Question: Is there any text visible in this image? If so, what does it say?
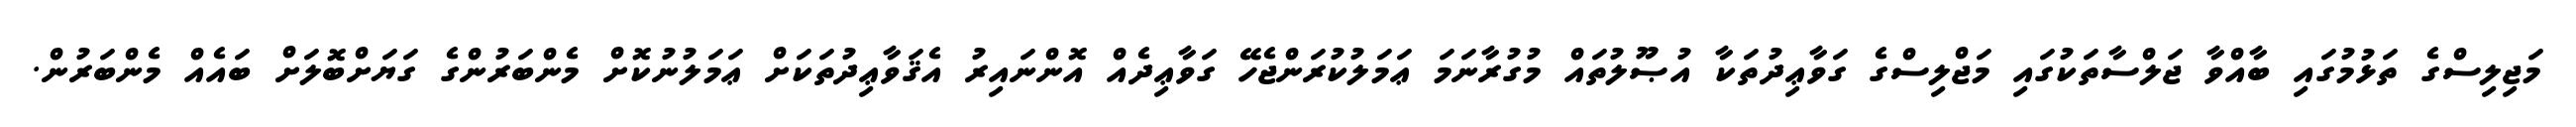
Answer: މަޖިލިސްގެ ތަޅުމުގައި ބާއްވާ ޖަލްސާތަކުގައި މަޖްލިސްގެ ގަވާޢިދުތަކާ އުޞޫލުތައް މުގުރާނަމަ ޢަމަލުކުރަންޖެހޭ ގަވާޢިދެއް އޮންނައިރު އެޤަވާޢިދުތަކަށް ޢަމަލުނުކޮށް މެންބަރުންގެ ގަޔަށްބޮލަށް ބައެއް މެންބަރުން.